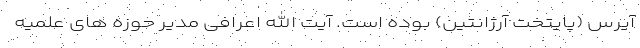
آیرس (پایتخت آرژانتین) بوده است. آیت الله اعرافی مدیر حوزه های علمیه